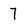
Character: 7